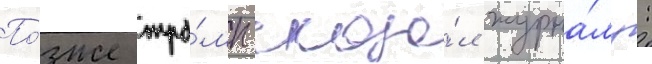
По́зже тра́мп сказа́л журна́лу: